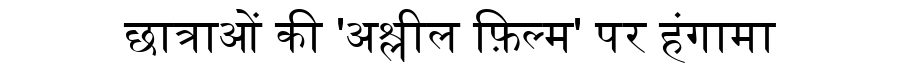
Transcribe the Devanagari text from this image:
छात्राओं की 'अश्लील फ़िल्म' पर हंगामा